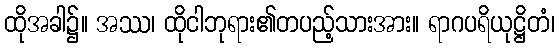
ထိုအခါ၌။ အဿ၊ ထိုငါဘုရား၏တပည့်သားအား။ ရာဂပရိယုဋ္ဌိတံ၊